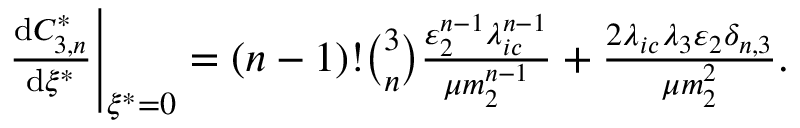
\begin{array} { r } { \left. { \frac { \operatorname { d } \! C _ { 3 , n } ^ { * } } { \operatorname { d } \! \xi ^ { * } } } \right| _ { \xi ^ { * } = 0 } = ( n - 1 ) ! { \binom { 3 } { n } } \frac { \varepsilon _ { 2 } ^ { n - 1 } \lambda _ { i c } ^ { n - 1 } } { \mu m _ { 2 } ^ { n - 1 } } + \frac { 2 \lambda _ { i c } \lambda _ { 3 } \varepsilon _ { 2 } \delta _ { n , 3 } } { \mu m _ { 2 } ^ { 2 } } . } \end{array}